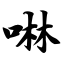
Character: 啉